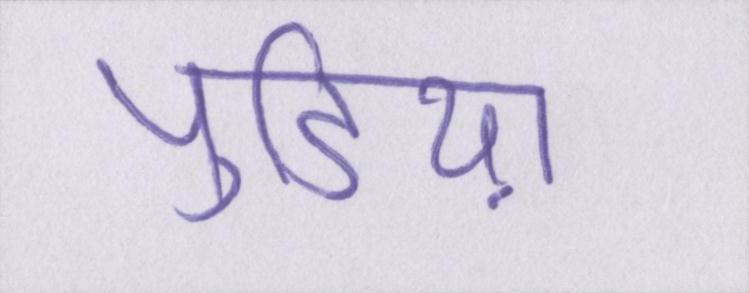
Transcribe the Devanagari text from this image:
पुडिय़ा